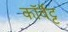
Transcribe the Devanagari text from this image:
कॉर्वेट्ट